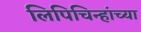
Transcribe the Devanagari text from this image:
लिपिचिन्हांच्या